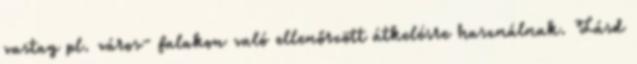
vastag pl. város- falakon való ellenőrzött átkelésre használnak. Lásd